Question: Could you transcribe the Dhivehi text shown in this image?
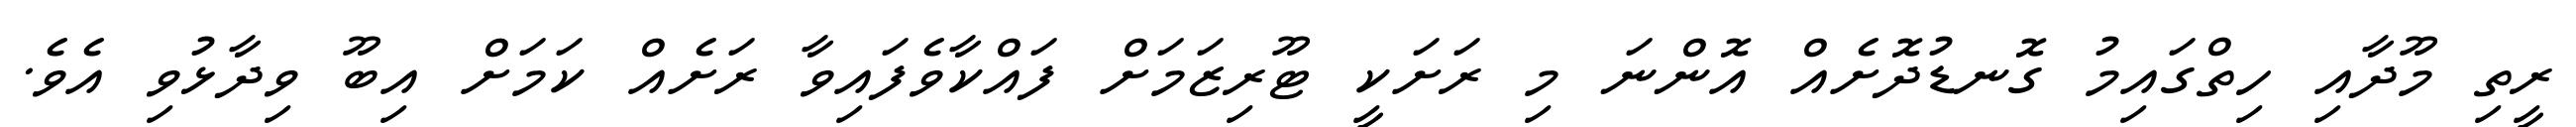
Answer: ރީތި މޫދާއި ހިތްގައިމު ގޮނޑުދޮށެއް އޮންނަ މި ރަށަކީ ޓޫރިޒަމަށް ފައްކާވެފައިވާ ރަށެއް ކަމަށް އިބޫ ވިދާޅުވި އެވެ.